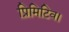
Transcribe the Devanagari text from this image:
प्रिमिटिव।